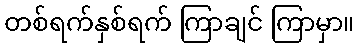
တစ်ရက်နှစ်ရက် ကြာချင် ကြာမှာ။